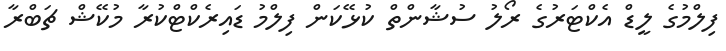
ފިލްމުގެ ލީޑް އެކްޓަރުގެ ރޯލު ސުޝާންތް ކުޅޭކަން ފިލްމު ޑައިރެކްޓްކުރާ މުކޭޝް ޗަބްރާ